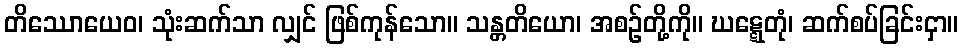
တိဿောယေဝ၊ သုံးဆက်သာ လျှင် ဖြစ်ကုန်သော။ သန္တတိယော၊ အစဉ်တို့ကို။ ဃဋ္ဋေတုံ၊ ဆက်စပ်ခြင်းငှာ။